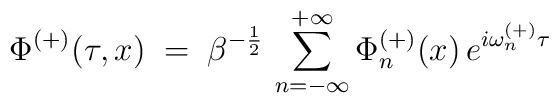
\Phi^{(+)}(\tau,x)\;=\; \beta^{-\frac{1}{2}}\,\sum_{n=-\infty}^{+\infty} \Phi^{(+)}_n (x) \, e^{i \omega^{(+)}_n \tau}